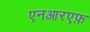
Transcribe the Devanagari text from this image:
एनआरएफ़